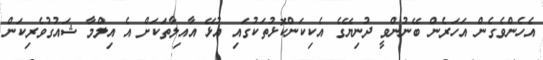
އެހެންވެގެން އަހަރެން ބޭނުންވީ ދުނިޔޭގެ އެކިކަންކޮޅުތަކުގައި އުޅޭ އާއިލާތަކަށް އެ އިލްމާ ޝައުގުވެރިކަން